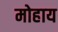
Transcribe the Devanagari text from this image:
मोहाय